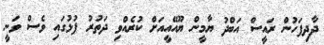
ދާދިފަހުން ރައީސް އަބްދު ޔާމީން ޔޫއޭއީއަށް ކުރެއްވި ދަތުރު ފުޅުގައި ވެސް ވަނީ